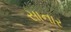
સાનાર